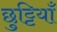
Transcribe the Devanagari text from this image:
छुट्टियाँ